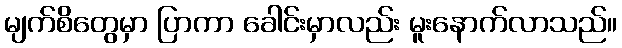
မျက်စိတွေမှာ ပြာကာ ခေါင်းမှာလည်း မူးနောက်လာသည်။